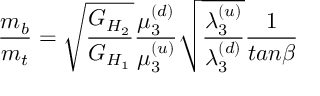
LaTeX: { \frac { m _ { b } } { m _ { t } } } = { \sqrt { \frac { G _ { H _ { 2 } } } { G _ { H _ { 1 } } } } } { \frac { \mu _ { 3 } ^ { ( d ) } } { \mu _ { 3 } ^ { ( u ) } } } { \sqrt { \frac { \lambda _ { 3 } ^ { ( u ) } } { \lambda _ { 3 } ^ { ( d ) } } } } { \frac { 1 } { t a n \beta } }